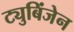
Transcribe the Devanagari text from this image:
ट्युबिंजेन